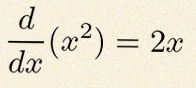
\frac{d}{dx}(x^2)=2x